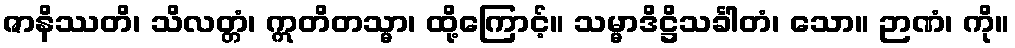
ဇာနိဿတိ၊ သိလတ္တံ၊ ဣတိတသ္မာ၊ ထို့ကြောင့်။ သမ္မာဒိဋ္ဌိသင်္ခါတံ၊ သော။ ဉာဏံ၊ ကို။